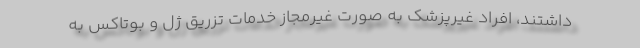
داشتند، افراد غیرپزشک به صورت غیرمجاز خدمات تزریق ژل و بوتاکس به